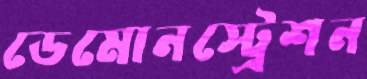
ডেমোনস্ট্রেশন